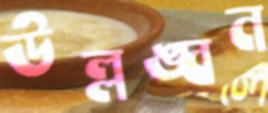
উল্লঙ্ঘন